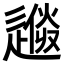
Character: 𨕼